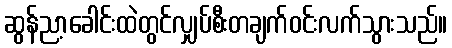
ဆွန်ညာ့ခေါင်းထဲတွင်လျှပ်စီးတချက်ဝင်းလက်သွားသည်။